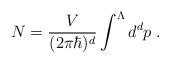
LaTeX: \begin{align*}N = \frac{V}{(2 \pi \hbar)^{d}} \int^{\Lambda} d^{d}p \; . \end{align*}